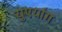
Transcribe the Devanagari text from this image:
युएयांग